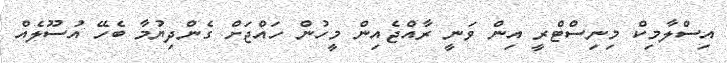
އިސްލާމިކް މިނިސްޓްރީ އިން ވަނީ ރާއްޖެއިން މީހުން ހައްޖަށް ގެންދިޔުމާ ބެހޭ އުސޫލެއް